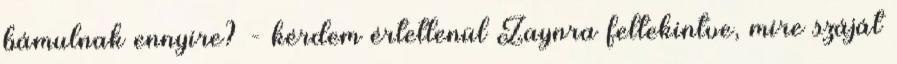
bámulnak ennyire? - kérdem értetlenül Zaynra feltekintve, mire száját